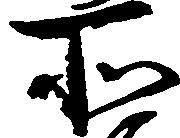
所